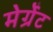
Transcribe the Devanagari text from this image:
मेर्ग्रेट